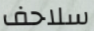
سلاحف